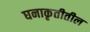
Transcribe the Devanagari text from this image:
घनाकृतीतील